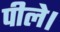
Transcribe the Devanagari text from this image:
पीले।